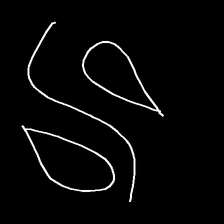
Glyph: water